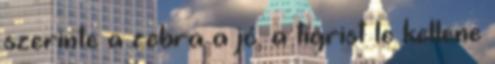
szerinte a zebra a jó, a tigrist le kellene